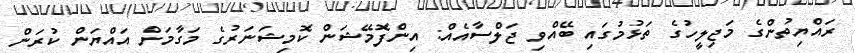
ރައްޔިތުންގެ މަޖިލީހުގެ ތަޅުމުގައި ބޭއްވި ޖަލްސާއެއް: އިންފޮމޭޝަން ކޮމިޝަނަރުގެ މަގާމަށް އައްޔަން ކުރަން